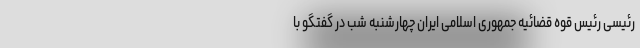
رئیسی رئیس قوه قضائیه جمهوری اسلامی ایران چهارشنبه شب در گفتگو با